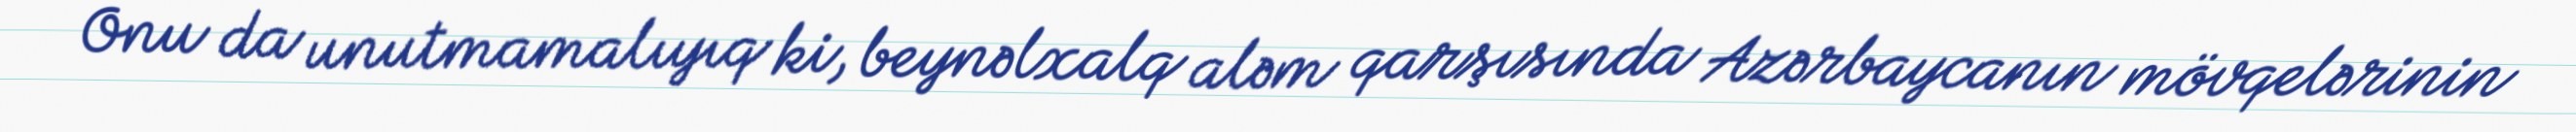
Onu da unutmamalıyıq ki, beynəlxalq aləm qarşısında Azərbaycanın mövqelərinin